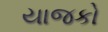
યાજકો